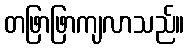
တဖြာဖြာကျလာသည်။